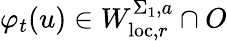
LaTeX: \varphi_{t}(u)\in W_{\mathrm{loc},r}^{\Sigma_{1},a}\cap O